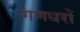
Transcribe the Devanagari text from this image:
गणधरों